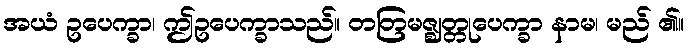
အယံ ဥပေက္ခာ၊ ဤဥပေက္ခာသည်။ တတြမဇ္ဈတ္တုပေက္ခာ နာမ၊ မည် ၏။